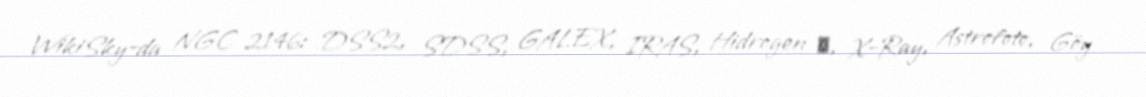
WikiSky-da NGC 2146: DSS2, SDSS, GALEX, IRAS, Hidrogen α, X-Ray, Astrofoto, Göy